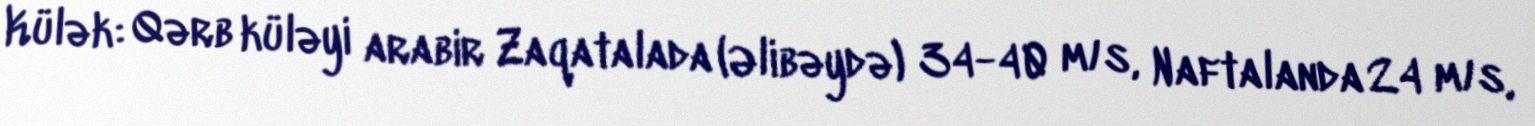
Külək: Qərb küləyi arabir Zaqatalada (Əlibəydə) 34-40 m/s, Naftalanda 24 m/s,